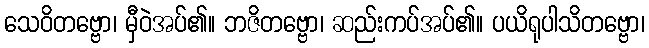
သေဝိတဗ္ဗော၊ မှီဝဲအပ်၏။ ဘဇိတဗ္ဗော၊ ဆည်းကပ်အပ်၏။ ပယိရုပါသိတဗ္ဗော၊